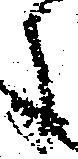
に